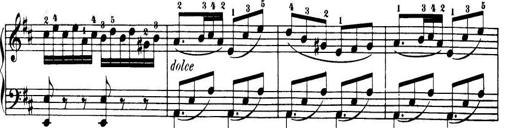
Title: 32 Sonatinas and Rondos for the Piano
Composer: Richard Kleinmichel